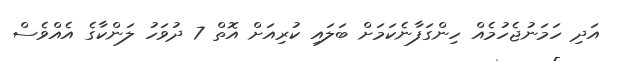
އަދި ހަމަނުޖެހުމެއް ހިންގަފާނެކަމަށް ބަލައި ކުރިއަށް އޮތް 7 ދުވަހު ލަންކާގެ އެއްވެސް